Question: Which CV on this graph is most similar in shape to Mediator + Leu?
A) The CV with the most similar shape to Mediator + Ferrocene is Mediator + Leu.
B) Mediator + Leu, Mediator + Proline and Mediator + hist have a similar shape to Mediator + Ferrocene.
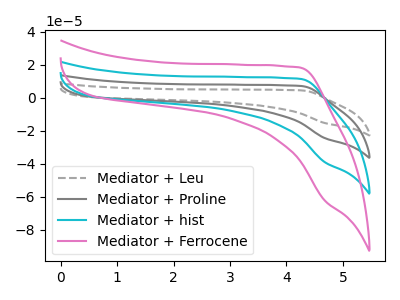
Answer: <think>The gray dashed curve "Mediator + Leu" has no peaks. The gray curve "Mediator + Proline" has no peaks. The cyan curve "Mediator + hist" has no peaks. The pink curve "Mediator + Ferrocene" has no peaks.
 Neither "Mediator + Leu" or "Mediator + Proline" have any peaks. Neither "Mediator + Leu" or "Mediator + hist" have any peaks. Neither "Mediator + Leu" or "Mediator + Ferrocene" have any peaks. Neither "Mediator + Proline" or "Mediator + hist" have any peaks. Neither "Mediator + Proline" or "Mediator + Ferrocene" have any peaks. Neither "Mediator + hist" or "Mediator + Ferrocene" have any peaks.</think>
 <answer>B) "Mediator + Leu", "Mediator + Proline" and "Mediator + hist" have a similar shape to "Mediator + Ferrocene".</answer>
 <eval>B</eval>